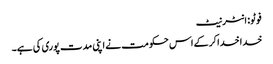
فوٹو: انٹرنیٹ
خدا خدا کرکے اس حکومت نے اپنی مدت پوری کی ہے۔